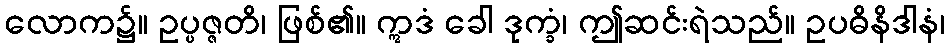
လောက၌။ ဥပ္ပဇ္ဇတိ၊ ဖြစ်၏။ ဣဒံ ခေါ ဒုက္ခံ၊ ဤဆင်းရဲသည်။ ဥပဓိနိဒါနံ၊